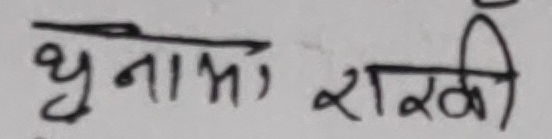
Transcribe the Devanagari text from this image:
भुना, राखी